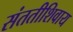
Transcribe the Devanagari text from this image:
संततीशिवाय